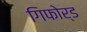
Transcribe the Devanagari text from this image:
गिफोर्ड